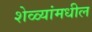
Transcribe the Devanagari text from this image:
शेळ्यांमधील